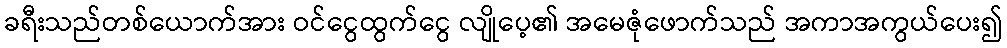
ခရီးသည်တစ်ယောက်အား ဝင်ငွေထွက်ငွေ လျိုပေ့၏ အမေဇုံဖောက်သည် အကာအကွယ်ပေး၍